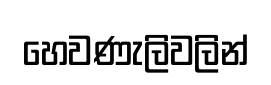
හෙවණැලිවලින්